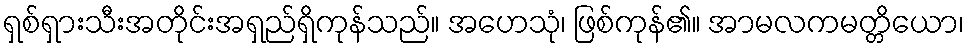
ရှစ်ရှားသီးအတိုင်းအရှည်ရှိကုန်သည်။ အဟေသုံ၊ ဖြစ်ကုန်၏။ အာမလကမတ္တိယော၊